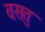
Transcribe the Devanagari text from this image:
वसतु